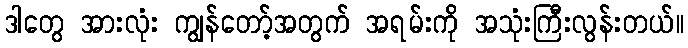
ဒါတွေ အားလုံး ကျွန်တော့်အတွက် အရမ်းကို အသုံးကြီးလွန်းတယ်။